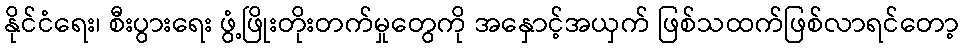
နိုင်ငံရေး၊ စီးပွားရေး ဖွံ့ဖြိုးတိုးတက်မှုတွေကို အနှောင့်အယှက် ဖြစ်သထက်ဖြစ်လာရင်တော့